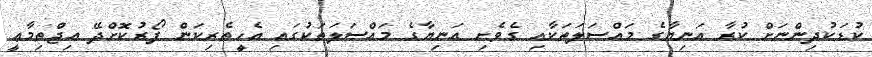
ކުޑަކުދިންނަށް ކުރާ އަނިޔާގެ މައްސަލަތަކާއި ގެވެށި އަނިޔާގެ މައްސަލަތަކުގައި އެހީތެރިކަން ފޯރުކޮށްދޭ އިޖްތިމާޢީ